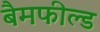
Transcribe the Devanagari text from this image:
बैमफील्ड